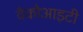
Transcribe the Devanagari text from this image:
वैकौआइटी